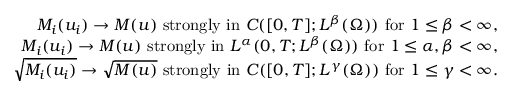
\begin{array} { r l r } & { } & { M _ { i } ( u _ { i } ) \rightarrow M ( u ) \mathrm { ~ s t r o n g l y ~ i n ~ } C ( [ 0 , T ] ; L ^ { \beta } ( \Omega ) ) \mathrm { ~ f o r ~ } 1 \leq \beta < \infty , } \\ & { } & { M _ { i } ( u _ { i } ) \rightarrow M ( u ) \mathrm { ~ s t r o n g l y ~ i n ~ } L ^ { \alpha } ( 0 , T ; L ^ { \beta } ( \Omega ) ) \mathrm { ~ f o r ~ } 1 \leq \alpha , \beta < \infty , } \\ & { } & { \sqrt { M _ { i } ( u _ { i } ) } \rightarrow \sqrt { M ( u ) } \mathrm { ~ s t r o n g l y ~ i n ~ } C ( [ 0 , T ] ; L ^ { \gamma } ( \Omega ) ) \mathrm { ~ f o r ~ } 1 \leq \gamma < \infty . } \end{array}